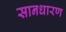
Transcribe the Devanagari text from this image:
सानधारण